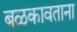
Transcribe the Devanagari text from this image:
बळकावताना